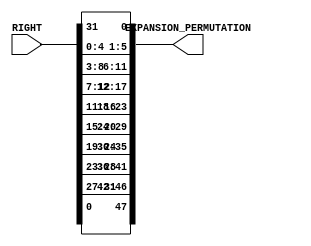
`timescale 1ns / 1ps
//////////////////////////////////////////////////////////////////////////////////
// Company:        RAJESH GLOBAL SOLUTION(RGS)
// 
// Design Name:    DES
// Module Name:    Expansion_Permutation 
// Project Name:   DATA ENCRYPTION STANDARD(DES)
// Target Devices: SPARTAN-3(XC3S400)
// Tool versions:  XILINX 9.1I
// Description:    THIS BLOCK WILL DIVIDE 64 BIT INPUT INTO TWO 32 BIT REGISTER.AFTER DOING
//                 IT IT WILL APPLY EXPAND PERMUTATION ON LOWER 32 BIT REGISTER.
//
// Dependencies:   Initial_Permutation BLOCK.
//
// Revision: 
// Revision 0.01 - File Created
// Additional Comments: 
//
//////////////////////////////////////////////////////////////////////////////////
module Expansion_Permutation(RIGHT, EXPANSION_PERMUTATION);
    
    input  [32 : 1] RIGHT; 
	
	 output [48 : 1] EXPANSION_PERMUTATION;
	 
	 wire   [32 : 1] RIGHT;
	 
	 reg    [48 : 1] EXPANSION_PERMUTATION;
	 
	
    always @(RIGHT)

        begin

           EXPANSION_PERMUTATION[1]   <= RIGHT[32];
           EXPANSION_PERMUTATION[2]   <= RIGHT[1];		  
           EXPANSION_PERMUTATION[3]   <= RIGHT[2];		  			  
	        EXPANSION_PERMUTATION[4]   <= RIGHT[3];		  
           EXPANSION_PERMUTATION[5]   <= RIGHT[4];
           EXPANSION_PERMUTATION[6]   <= RIGHT[5];		  
           EXPANSION_PERMUTATION[7]   <= RIGHT[4];
           EXPANSION_PERMUTATION[8]   <= RIGHT[5];		  
           EXPANSION_PERMUTATION[9]   <= RIGHT[6];
           EXPANSION_PERMUTATION[10]  <= RIGHT[7];		  
			  EXPANSION_PERMUTATION[11]  <= RIGHT[8];		  
			  EXPANSION_PERMUTATION[12]  <= RIGHT[9];		  
			  EXPANSION_PERMUTATION[13]  <= RIGHT[8];		  
			  EXPANSION_PERMUTATION[14]  <= RIGHT[9];		  
			  EXPANSION_PERMUTATION[15]  <= RIGHT[10];		  
			  EXPANSION_PERMUTATION[16]  <= RIGHT[11];		  
			  EXPANSION_PERMUTATION[17]  <= RIGHT[12];		  
			  EXPANSION_PERMUTATION[18]  <= RIGHT[13];		  
			  EXPANSION_PERMUTATION[19]  <= RIGHT[12];		  
			  EXPANSION_PERMUTATION[20]  <= RIGHT[13];		  
			  EXPANSION_PERMUTATION[21]  <= RIGHT[14];		  
			  EXPANSION_PERMUTATION[22]  <= RIGHT[15];		  
			  EXPANSION_PERMUTATION[23]  <= RIGHT[16];		  
			  EXPANSION_PERMUTATION[24]  <= RIGHT[17];		  
			  EXPANSION_PERMUTATION[25]  <= RIGHT[16];		  
			  EXPANSION_PERMUTATION[26]  <= RIGHT[17];		  
			  EXPANSION_PERMUTATION[27]  <= RIGHT[18];		  
			  EXPANSION_PERMUTATION[28]  <= RIGHT[19];		  
			  EXPANSION_PERMUTATION[29]  <= RIGHT[20];		  
			  EXPANSION_PERMUTATION[30]  <= RIGHT[21];		  
			  EXPANSION_PERMUTATION[31]  <= RIGHT[20];		  
			  EXPANSION_PERMUTATION[32]  <= RIGHT[21];		
			  EXPANSION_PERMUTATION[33]  <= RIGHT[22];	
           EXPANSION_PERMUTATION[34]  <= RIGHT[23];		  
           EXPANSION_PERMUTATION[35]  <= RIGHT[24];
           EXPANSION_PERMUTATION[36]  <= RIGHT[25];		  
           EXPANSION_PERMUTATION[37]  <= RIGHT[24];		  			  
			  EXPANSION_PERMUTATION[38]  <= RIGHT[25];		  
			  EXPANSION_PERMUTATION[39]  <= RIGHT[26];		  
			  EXPANSION_PERMUTATION[40]  <= RIGHT[27];		  
			  EXPANSION_PERMUTATION[41]  <= RIGHT[28];		  
			  EXPANSION_PERMUTATION[42]  <= RIGHT[29];		  
			  EXPANSION_PERMUTATION[43]  <= RIGHT[28];		  
			  EXPANSION_PERMUTATION[44]  <= RIGHT[29];		  
			  EXPANSION_PERMUTATION[45]  <= RIGHT[30];		  
			  EXPANSION_PERMUTATION[46]  <= RIGHT[31];		  
			  EXPANSION_PERMUTATION[47]  <= RIGHT[32];		  
			  EXPANSION_PERMUTATION[48]  <= RIGHT[1];

       end
		 
endmodule